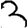
Digit: 3